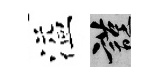
溢謹